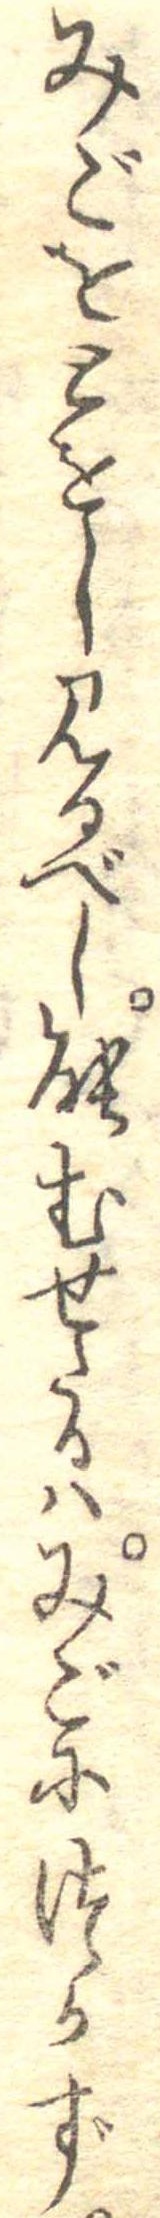
みごをとをし見るべし能むせたるはみごにつかず